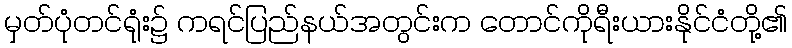
မှတ်ပုံတင်ရုံး၌ ကရင်ပြည်နယ်အတွင်းက တောင်ကိုရီးယားနိုင်ငံတို့၏